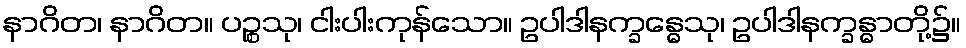
နာဂိတ၊ နာဂိတ။ ပဉ္စသု၊ ငါးပါးကုန်သော။ ဥပါဒါနက္ခန္ဓေသု၊ ဥပါဒါနက္ခန္ဓာတို့၌။